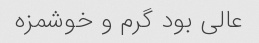
عالی بود گرم و خوشمزه